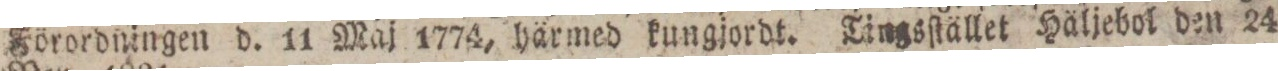
Förordningen d. 11 Maj 1774, härmed kungjordt. Tingsſtället Häljebol den 24